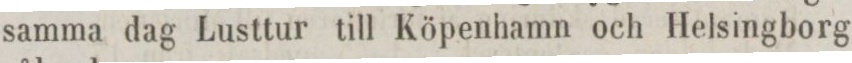
samma dag Lusttur till Köpenhamn och Helsingborg